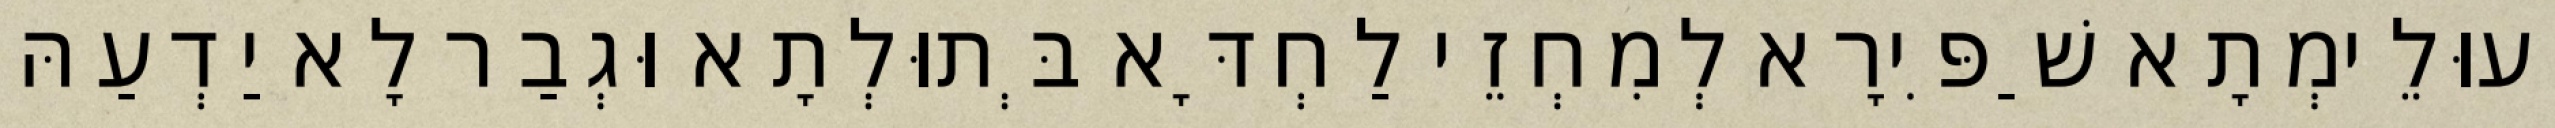
וְעוּלֵימְתָא שַׁפִּירָא לְמִחְזֵי לַחְדָּא בְּתוּלְתָא וּגְבַר לָא יַדְעַהּ